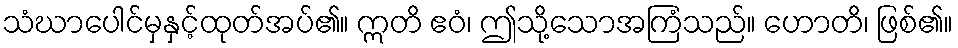
သံဃာပေါင်မှနှင့်ထုတ်အပ်၏။ ဣတိ ဧဝံ၊ ဤသို့သောအကြံသည်။ ဟောတိ၊ ဖြစ်၏။